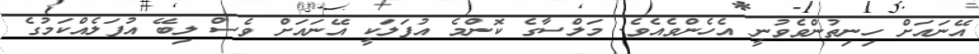
އޭނައަށް ހިނިތުންވެވުނީ އެހެންވެއެވެ. މަލްސާގެ ކޮންމެ އުފަލަކީ އޭނައަށް ވެސް ލިބޭ އުފަލެއްކަމުގެ